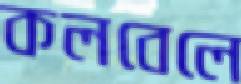
কলবেলে